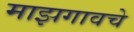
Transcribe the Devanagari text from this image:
माझगावचे